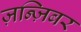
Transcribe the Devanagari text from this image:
ज़न्ज़िबर